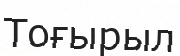
Тоғырыл